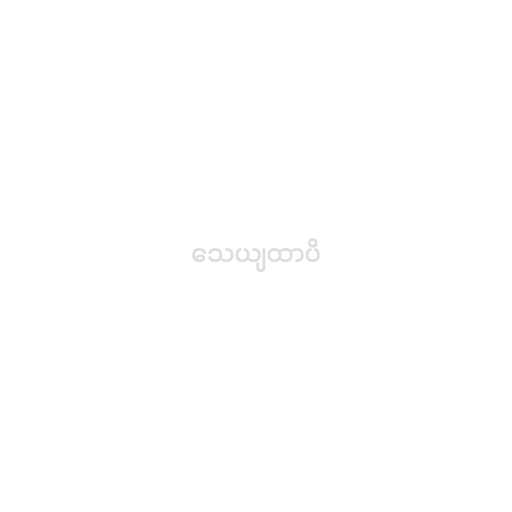
သေယျထာပိ